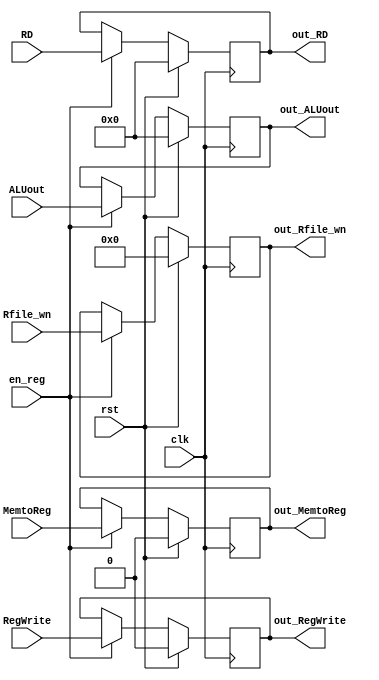
module MEMWB( clk, rst, en_reg, RegWrite, MemtoReg, ALUout, RD, Rfile_wn, out_MemtoReg, out_RegWrite, out_RD, out_ALUout, out_Rfile_wn);

    input clk, rst, en_reg;
    input MemtoReg, RegWrite; // Write-back control signal
    input [31:0] ALUout, RD; // result of ALU and Data Memory RD
    input [4:0] Rfile_wn; // rt/rd that will write back to the R-File

    output reg out_MemtoReg, out_RegWrite;
    output reg [31:0] out_RD, out_ALUout;
    output reg [4:0] out_Rfile_wn;

    always @( posedge clk ) begin
      if ( rst ) begin
        out_MemtoReg <= 1'b0 ;  
			  out_RegWrite <= 1'b0 ;  
			  out_ALUout <= 32'b0 ; 
			  out_RD <= 32'b0 ;
			  out_Rfile_wn <= 32'b0 ; 
		  end
      else if ( en_reg ) begin
			  out_MemtoReg <= MemtoReg ;  
			  out_RegWrite <= RegWrite ;  
			  out_ALUout <= ALUout ; 
			  out_RD <= RD ;
			  out_Rfile_wn <= Rfile_wn ; 
		  end
    end

endmodule